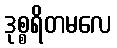
ဒုစ္စရိတမလေ